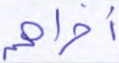
أخراهم